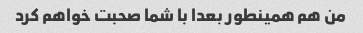
من هم همینطور بعدا با شما صحبت خواهم کرد